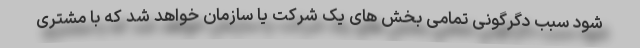
شود سبب دگرگونی تمامی بخش های یک شرکت یا سازمان خواهد شد که با مشتری